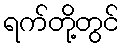
ရက်တို့တွင်